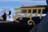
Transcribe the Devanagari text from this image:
हयूग